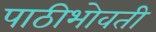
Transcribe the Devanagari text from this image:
पाठीभोवती